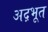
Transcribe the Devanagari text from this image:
अद़भूत